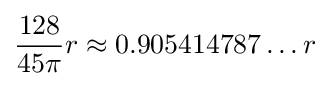
{\frac {128}{45\pi }}r\approx 0.905414787\ldots r